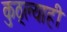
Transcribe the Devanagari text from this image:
कुठ्ल्याही